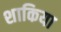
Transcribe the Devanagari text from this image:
शाकिया